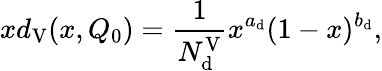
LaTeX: xd_{\mathrm{V}}(x,Q_{0})=\frac{1}{N_{\mathrm{d}}^{\mathrm{V}}}x^{a_{\mathrm{d}}}(1-x)^{b_{\mathrm{d}}},